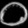
Digit: ၀